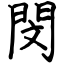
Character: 閔